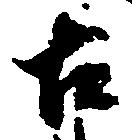
古